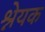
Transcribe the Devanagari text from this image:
श्नेयक